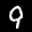
Label: 9